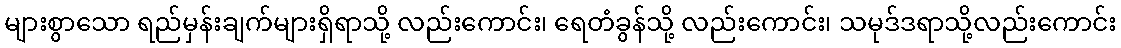
များစွာသော ရည်မှန်းချက်များရှိရာသို့ လည်းကောင်း၊ ရေတံခွန်သို့ လည်းကောင်း၊ သမုဒ်ဒရာသို့လည်းကောင်း